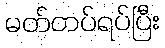
မတ်တပ်ရပ်ပြီး